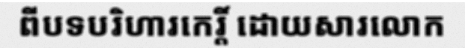
ពីបទបរិហារកេរ្តិ៍ ដោយសារលោក